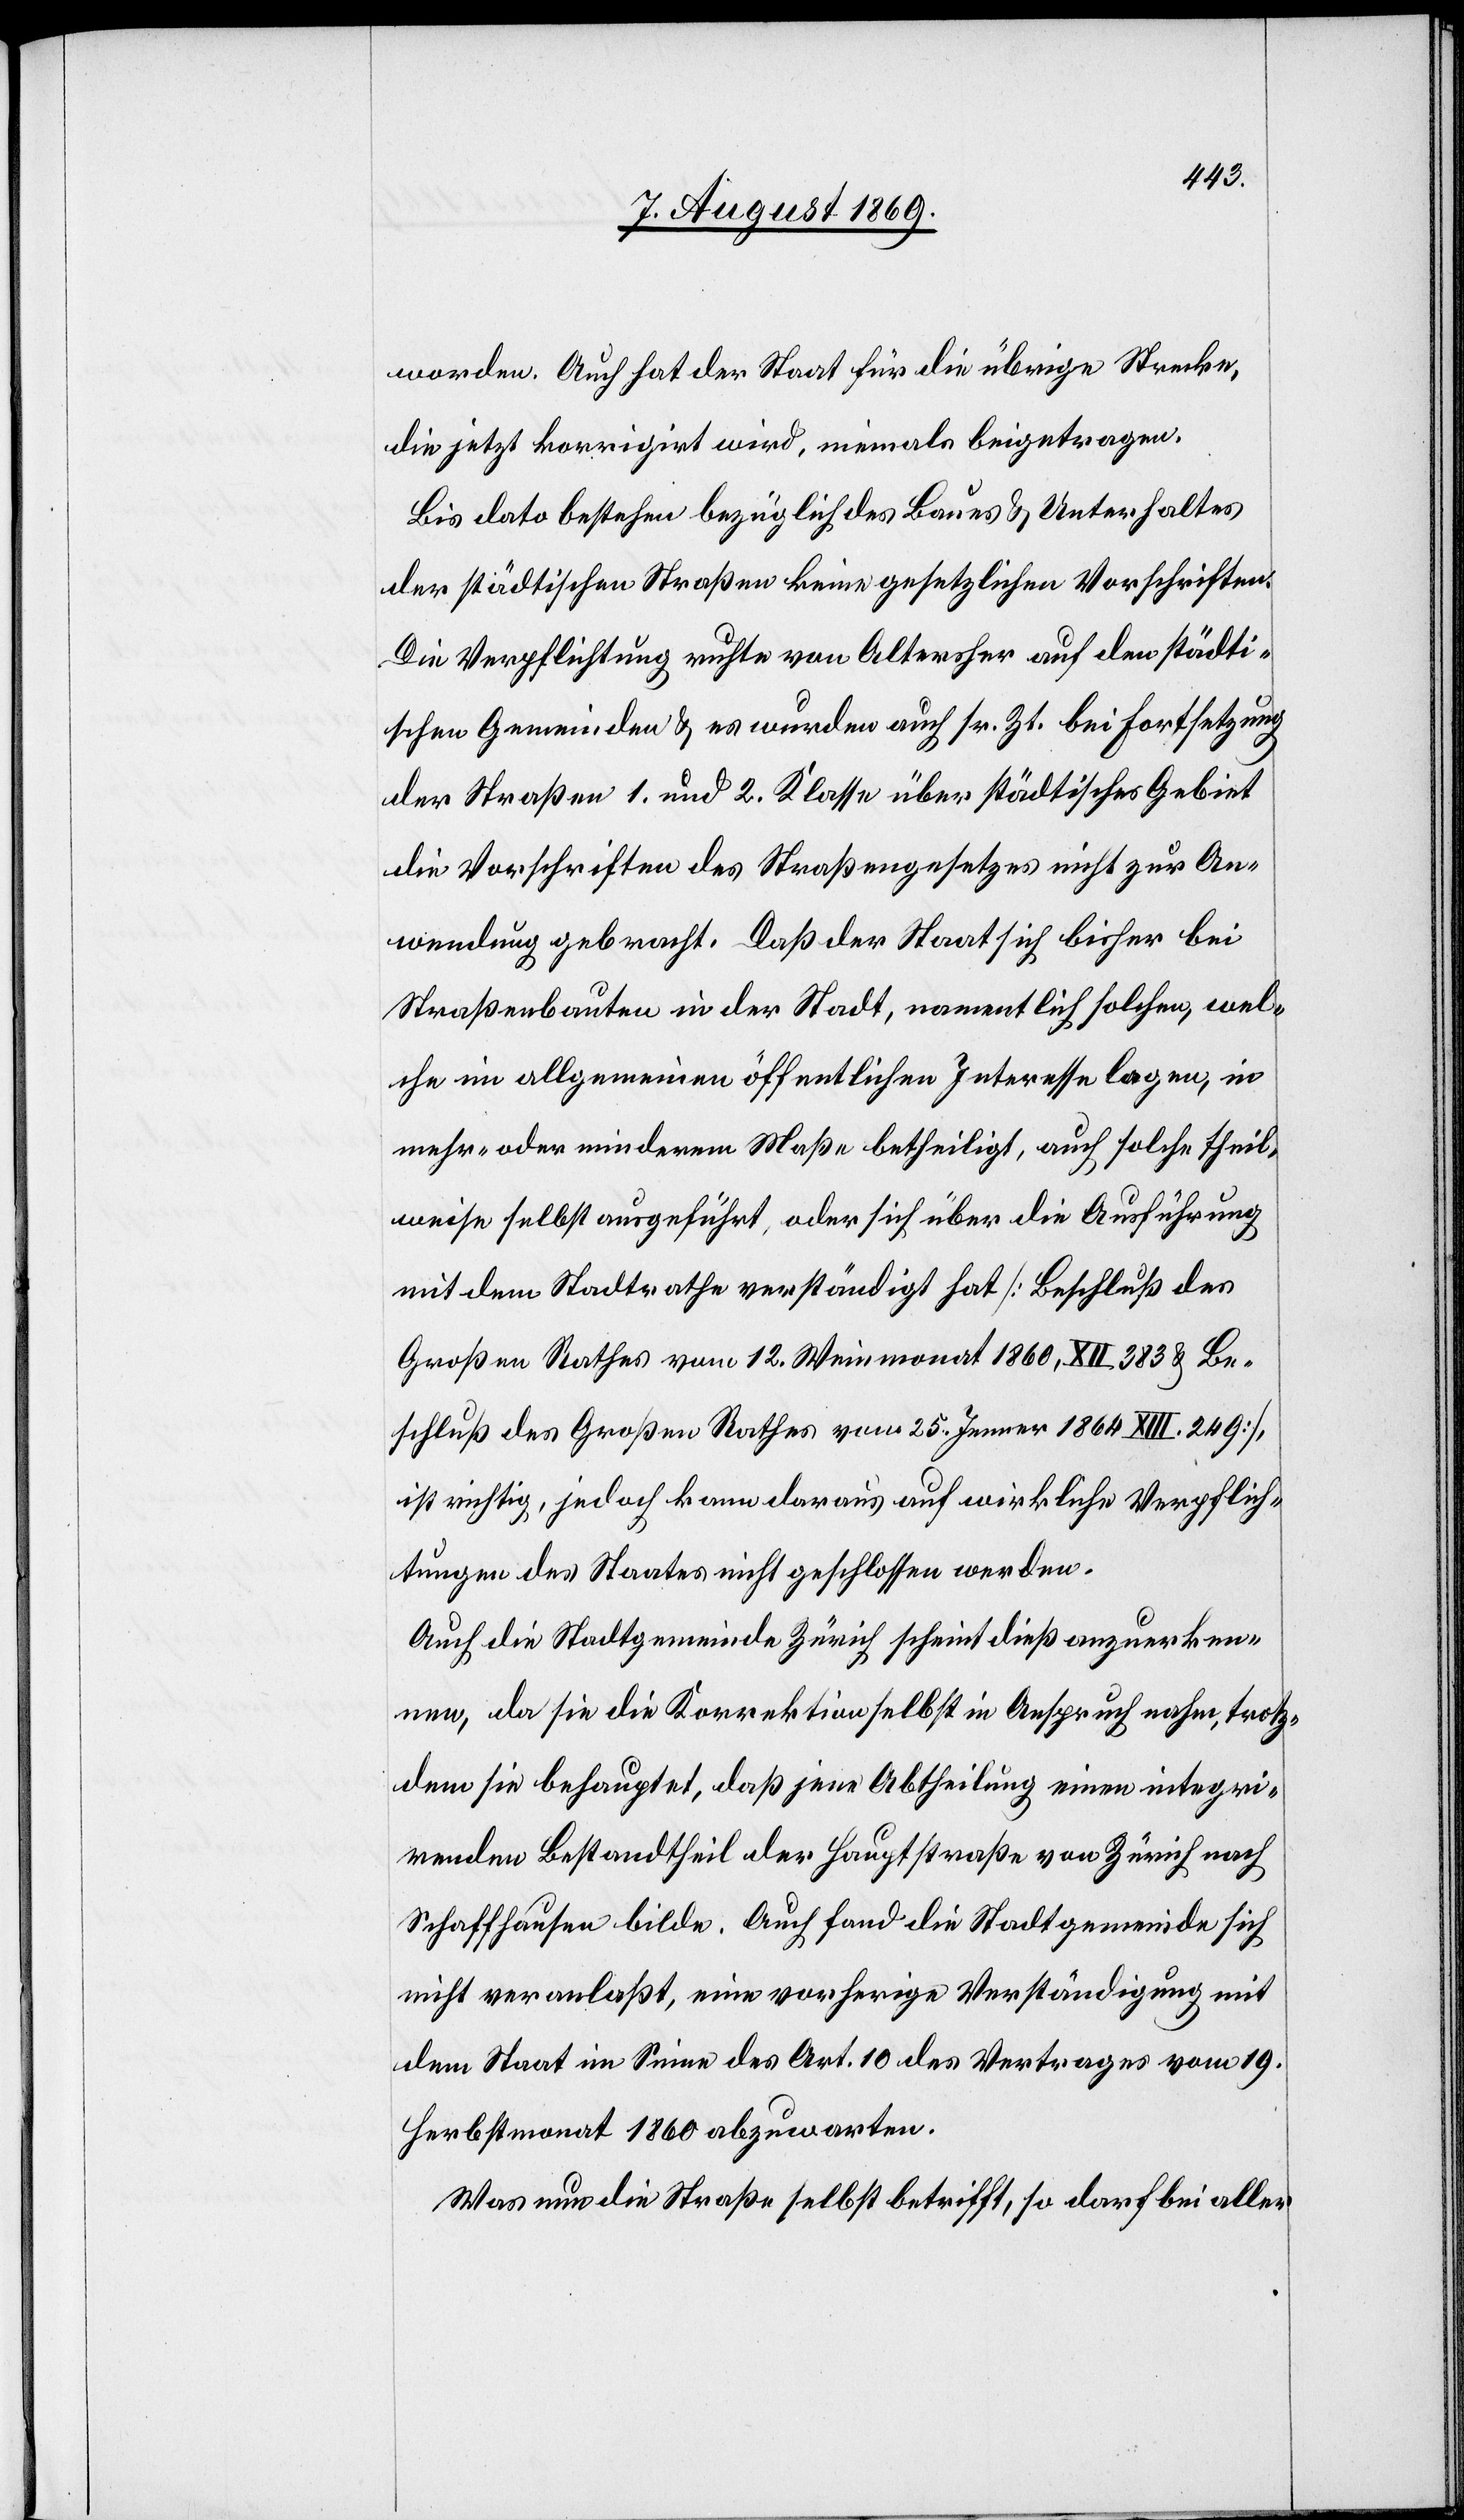
worden. Auch hat der Staat für die übrige Strecke,
die jetzt korrigirt wird, niemals beigetragen.
Bis dato bestehen bezüglich des Baues & Unterhaltes
der städtischen Straßen keine gesetzlichen Vorschriften.
Die Verpflichtung ruhte von Altersher auf den städti¬
schen Gemeinden & es wurden auch sr. Zt. bei Fortsetzung
der Straßen 1. und 2. Klasse über städtisches Gebiet
die Vorschriften des Straßengesetzes nicht zur An¬
wendung gebracht. Daß der Staat sich bisher bei
Straßenbauten in der Stadt, namentlich solchen, wel¬
che im allgemeinen öffentlichen Interesse lagen, in
mehr- oder minderem Maße betheiligt, auch solche theil¬
weise selbst ausgeführt, oder sich über die Ausführung
mit dem Stadtrathe verständigt hat [Beschluß des
Großen Rathes vom 12. Weinmonat 1860, XII 383 & Be¬
schluß des Großen Rathes vom 25. Jenner 1864 XIII. 249]
ist richtig, jedoch kann daraus auf wirkliche Verpflich¬
tungen des Staates nicht geschlossen werden.
Auch die Stadtgemeinde Zürich scheint dieß anzuerken¬
nen, da sie die Korrektion selbst in Anspruch nahm, trotz¬
dem sie behauptet, daß jene Abtheilung einen integri¬
renden Bestandtheil der Hauptstraße von Zürich nach
Schaffhausen bilde. Auch fand die Stadtgemeinde sich
nicht veranlaßt, eine vorherige Verständigung mit
dem Staat im Sinne des Art. 10 des Vertrages vom 19.
Herbstmonat 1860 abzuwarten.
Was nun die Straße selbst betrifft, so darf bei aller-